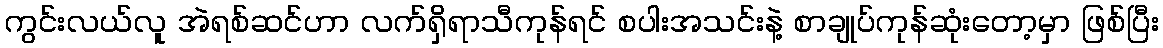
ကွင်းလယ်လူ အဲရစ်ဆင်ဟာ လက်ရှိရာသီကုန်ရင် စပါးအသင်းနဲ့ စာချုပ်ကုန်ဆုံးတော့မှာ ဖြစ်ပြီး